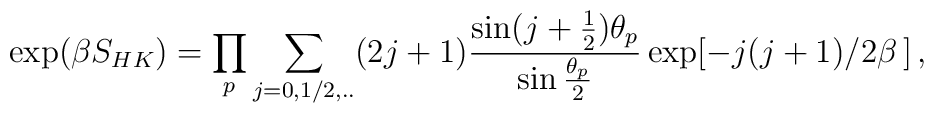
\exp (\beta S_{HK})=\prod_p \sum_{j=0,1/2,..} (2j+1) \frac{\sin (j+\frac{1}{2})\theta_p}{\sin \frac{\theta_p}{2}} \exp [ -j(j+1)/2\beta \,] \, ,